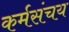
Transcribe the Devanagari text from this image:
कर्मसंचय